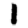
Digit: 1